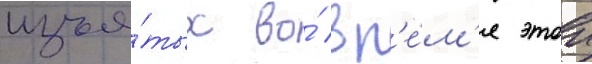
изъя́тых во́ вр'е́м'я этои